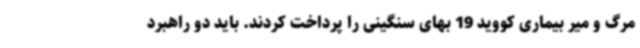
مرگ و میر بیماری کووید 19 بهای سنگینی را پرداخت کردند. باید دو راهبرد